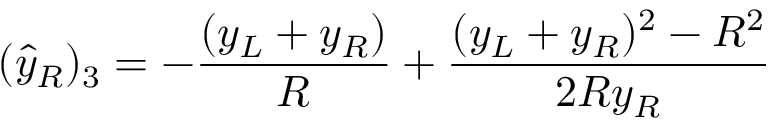
( { \hat { y } } _ { R } ) _ { 3 } = - { \frac { ( y _ { L } + y _ { R } ) } { R } } + { \frac { ( y _ { L } + y _ { R } ) ^ { 2 } - R ^ { 2 } } { 2 R y _ { R } } }